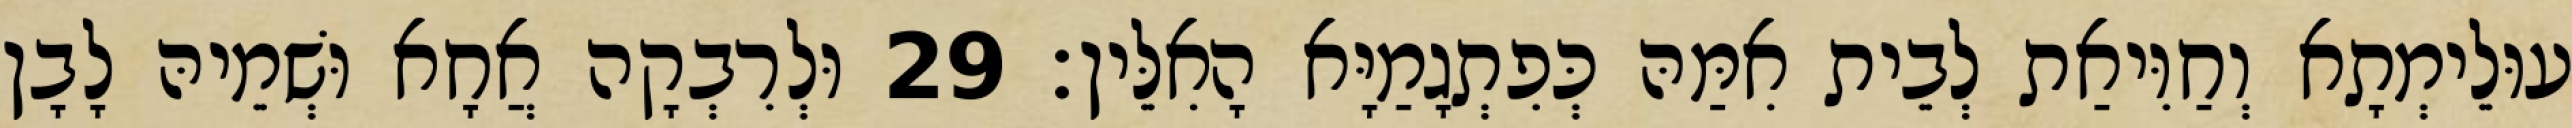
עוּלֵימְתָא וְחַוִּיאַת לְבֵית אִמַּהּ כְּפִתְגָמַיָּא הָאִלֵּין׃ 29 וּלְרִבְקָה אֲחָא וּשְׁמֵיהּ לָבָן